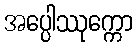
အပ္ပေါဿုက္ကော